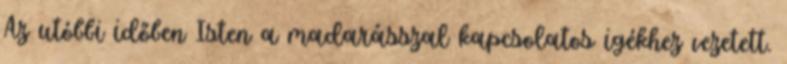
Az utóbbi időben Isten a madarásszal kapcsolatos igékhez vezetett.